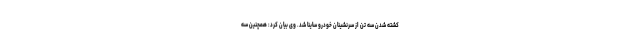
کشته شدن سه تن از سرنشینان خودرو ساینا شد. وی بیان کرد: همچنین سه